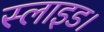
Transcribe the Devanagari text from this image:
स्लाइड।